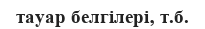
тауар белгілері‚ т.б.